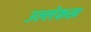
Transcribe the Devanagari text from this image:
उल्लेकख